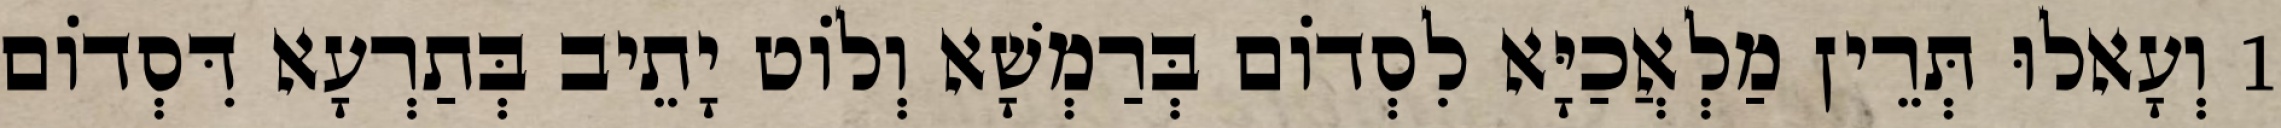
1 וְעָאלוּ תְּרֵין מַלְאֲכַיָּא לִסְדוֹם בְּרַמְשָׁא וְלוֹט יָתֵיב בְּתַרְעָא דִּסְדוֹם